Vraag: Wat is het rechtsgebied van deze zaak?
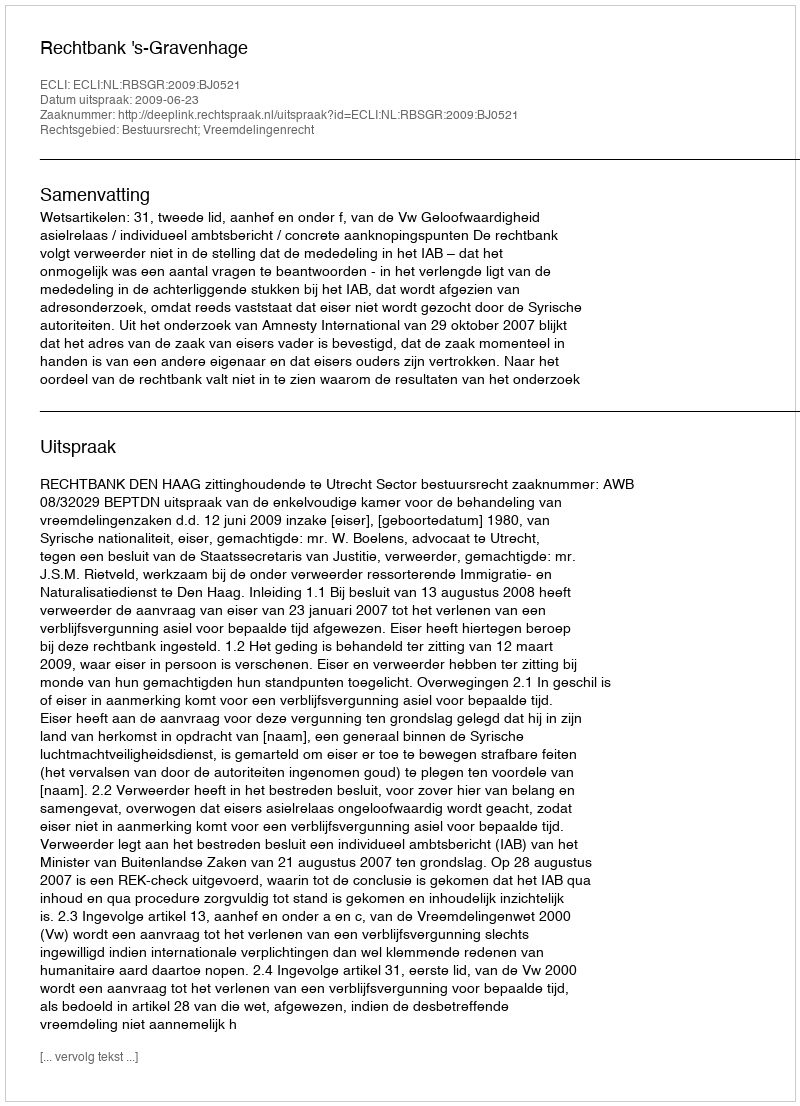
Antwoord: Bestuursrecht; Vreemdelingenrecht